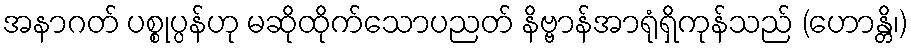
အနာဂတ် ပစ္စုပ္ပန်ဟု မဆိုထိုက်သောပညတ် နိဗ္ဗာန်အာရုံရှိကုန်သည် (ဟောန္တိ၊)